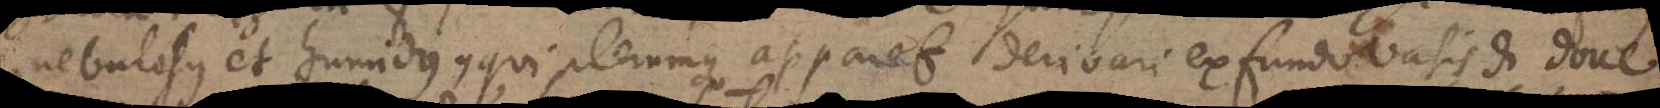
nebulosus et humidus, qui plerumque apparet derivari ex fundo vasis di doue